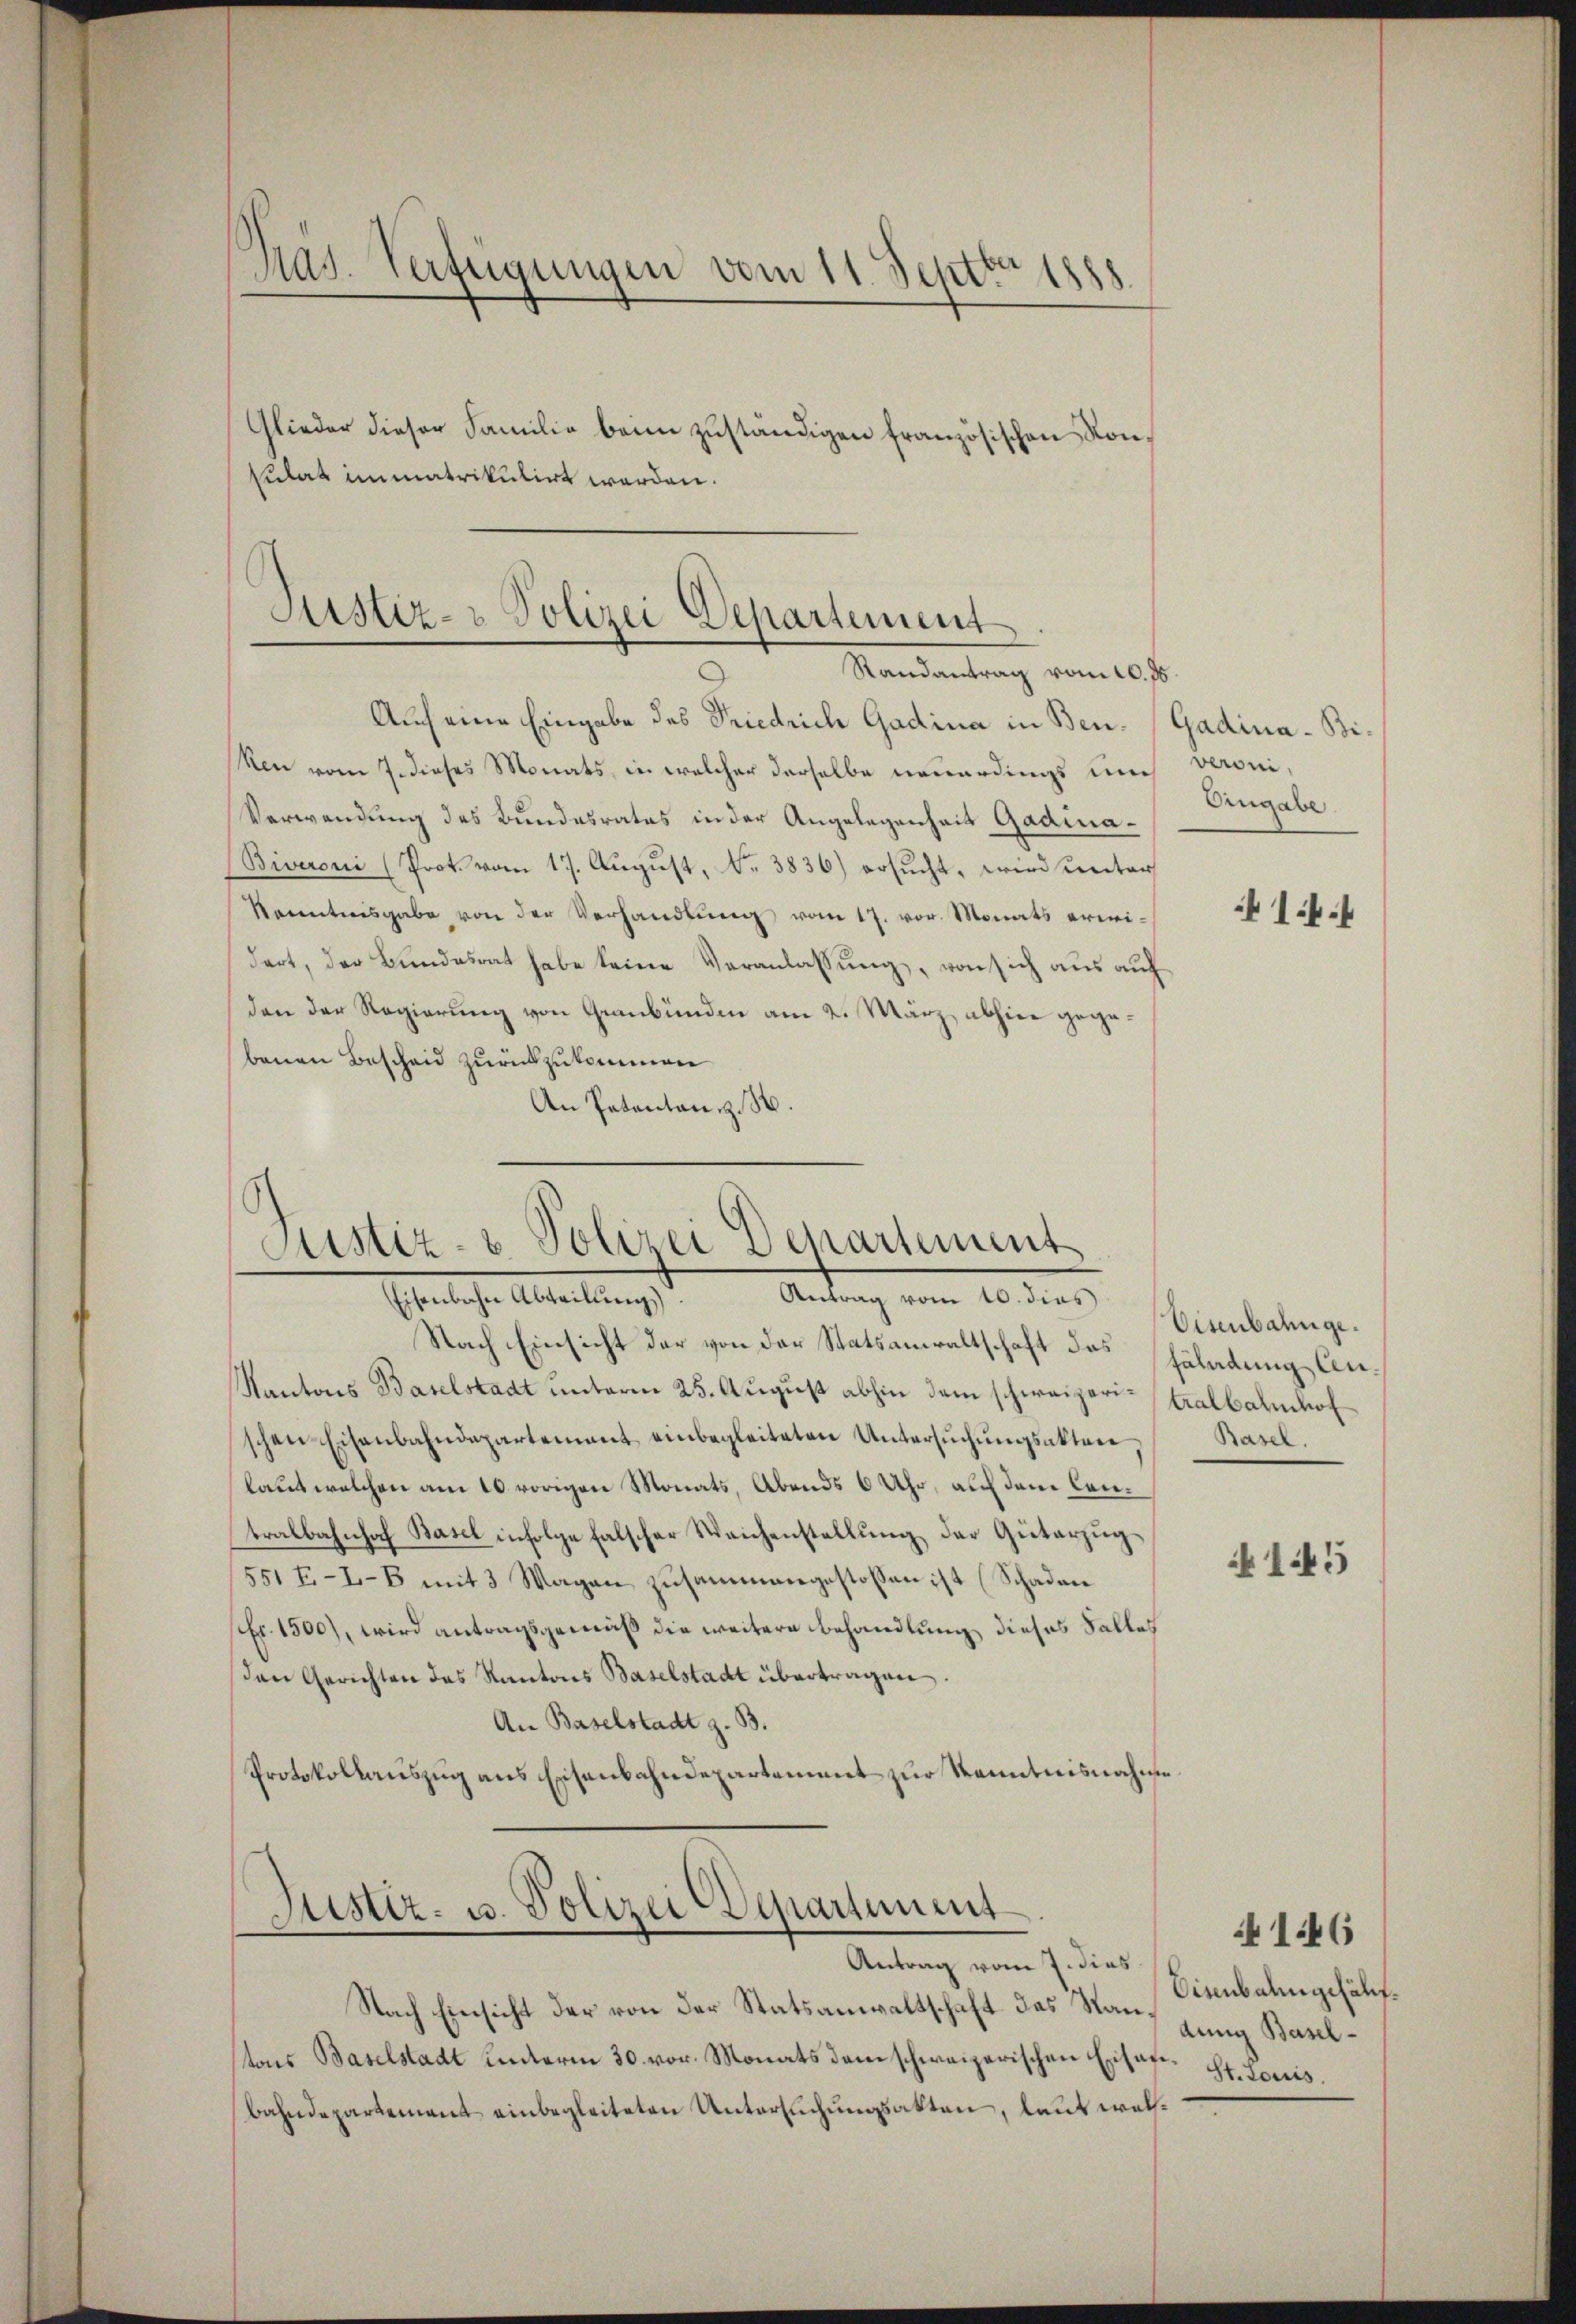
Grag. Verfügungen vom 11. Septbr 1888.

Glieder dieser Familie beim zuständigen französischen Konkulat immatrikulirt werden.

Aistiz- & Polizei Departement
Randantrag vom 20. 75.

Auch eine Eingabe des Friedrich Gadina in Ben. (Gadina-Bi¬
(Ren vom 7. dieses Monats, in welcher derselbe neuerdings un
Verwendung des Bundesrates in der Angelegenheit Gadina¬
(Biveroni (Prot. vom 17. August, N. 3836) ersucht, wird unter
kanntnisgabe von der Verhandlŭng vom 17. vor. Monats erwidert, der Bundesrat habe keine Veranlassung, von sich aus auf
den der Regierung von Graubünden am 2. März abhier gegebenen Bescheid zurückzukommen
An Patentan z. B.

Nach Einsicht der von der Statsanwaltschaft das häladung Ci¬
Kantons Baselstadt unterm 25. August abhin dem schweizeri-tralbahnhof
schen Eisenbahndepartement einbegleiteten Untersŭchŭngsakter,
laut welchen am 10. vorigen Monats, Abends 6 Uhr, auf dem Cantralbahnhof Basel infolge falscher Weichenstellung der Güterzugs¬
551 E-L-B mit 3 Magen zusammengestoßen ist (Schaden
fr. 1500), wird antragsgemäß die weitere Behandlung dieses Falles
Den Gerichten des Kantons Baselstadt übertragen.
An Baselstadt z. B.
Protokollauszug aus Eisenbahndepartement zur Kenntnisnahme

Justiz- & Polizei Departement
Antrag vom 10. dies
Eisenbahn Abteilung

Justiz- u. Polizei Departement
Antrag vom 7. dies

veroni,
Angabe.

Nach Einsicht der von der Statsanwaltschaft das Nan-Baseltons Baselstadt unterm 30. vor. Monats dem schweizerischen Eisaf-St. Louis.
bahndepartement einbegleiteten Untersuchungsakten, laut wel¬

14

Eisenbahnge¬
Basel.

145

Disenbahngefäl¬

41:46